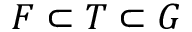
F \subset T \subset G